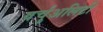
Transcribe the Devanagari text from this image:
वर्चुअलिटी